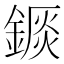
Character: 𨪘